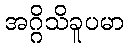
အဂ္ဂိသိခူပမာ